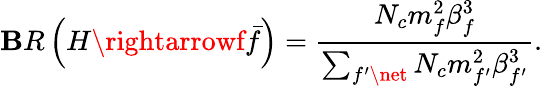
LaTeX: \mathbf{B}R\left(H\rightarrowf\bar{{f}}\right)=\frac{{N_{c}m_{f}^{2}\beta_{f}^{3}}}{{\sum_{f^{\prime}\net}N_{c}m_{f^{\prime}}^{2}\beta_{f^{\prime}}^{3}}}.